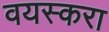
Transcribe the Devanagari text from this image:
वयस्करा